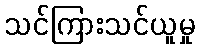
သင်ကြားသင်ယူမှု